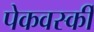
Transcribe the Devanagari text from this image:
पेकवर्स्की